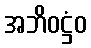
အဘိဝဋ္ဌံဝ